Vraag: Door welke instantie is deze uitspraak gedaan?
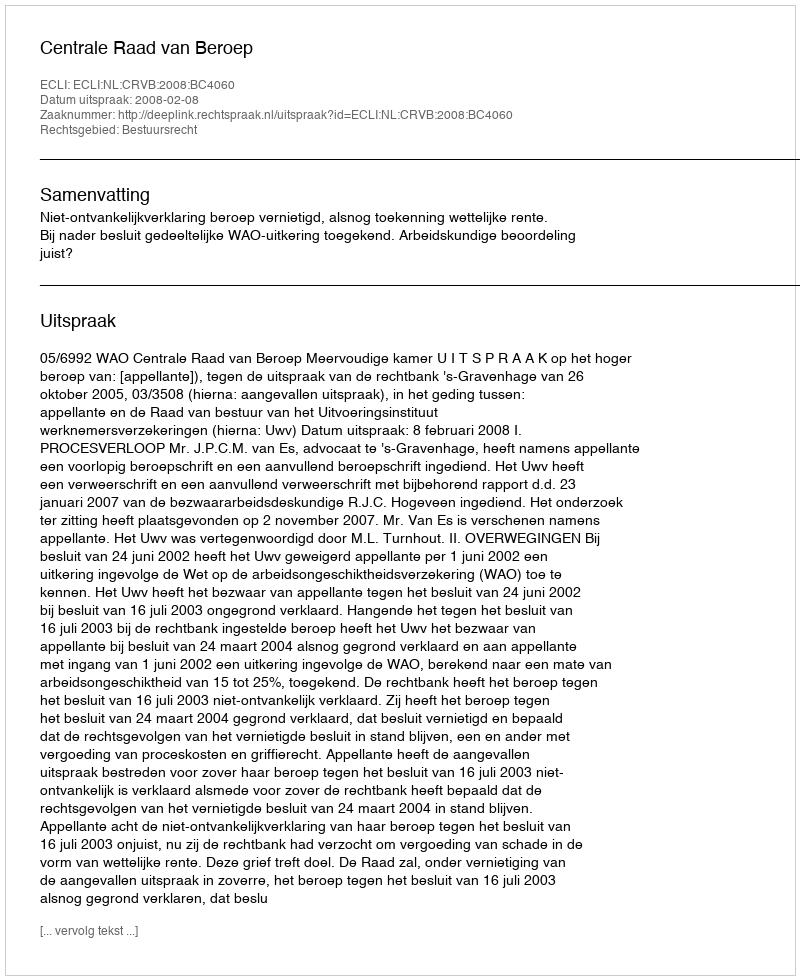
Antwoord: Centrale Raad van Beroep